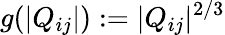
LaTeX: g(|Q_{ij}|):=|Q_{ij}|^{2/3}